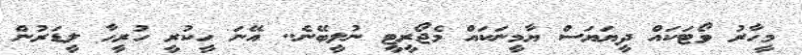
މީހާރު ވޯޓަކައް ދީޔަޔަސް ޔާމީނަކައް މެޖޯރީޓީ ނުލީބޭނެ.. އޭނަ ހީކުރީ ހުރީހާ ލީޑަރުން